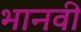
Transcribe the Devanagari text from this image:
भानवी